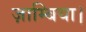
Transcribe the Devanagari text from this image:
ज़ाम्बिया।